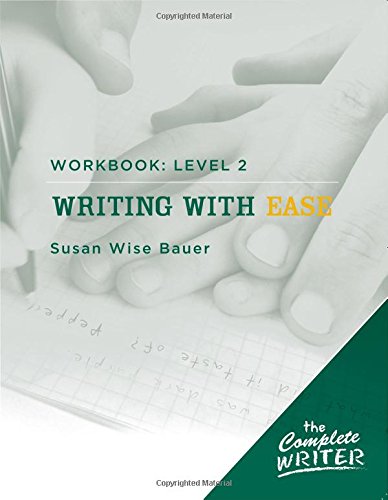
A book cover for The Complete Writer: Level Two Workbook for Writing with Ease (The Complete Writer); Susan Wise Bauer; Test Preparation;